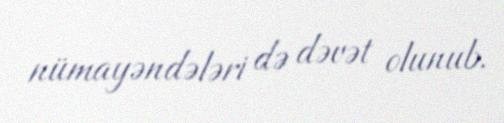
nümayəndələri də dəvət olunub.